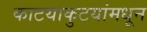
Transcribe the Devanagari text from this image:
काटयाकुटयांमधून